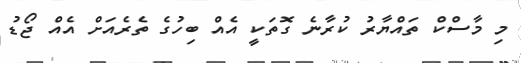
މި މާސްކް ތައްޔާރު ކުރާނެ ގޮތަކީ އެއް ބިހުގެ ތެރެއަށް އެއް ޖޯޑު